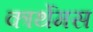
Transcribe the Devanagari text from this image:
कार्थेमस